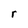
Character: r